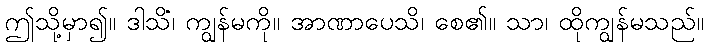
ဤသို့မှာ၍။ ဒါသိံ၊ ကျွန်မကို။ အာဏာပေသိ၊ စေ၏။ သာ၊ ထိုကျွန်မသည်။